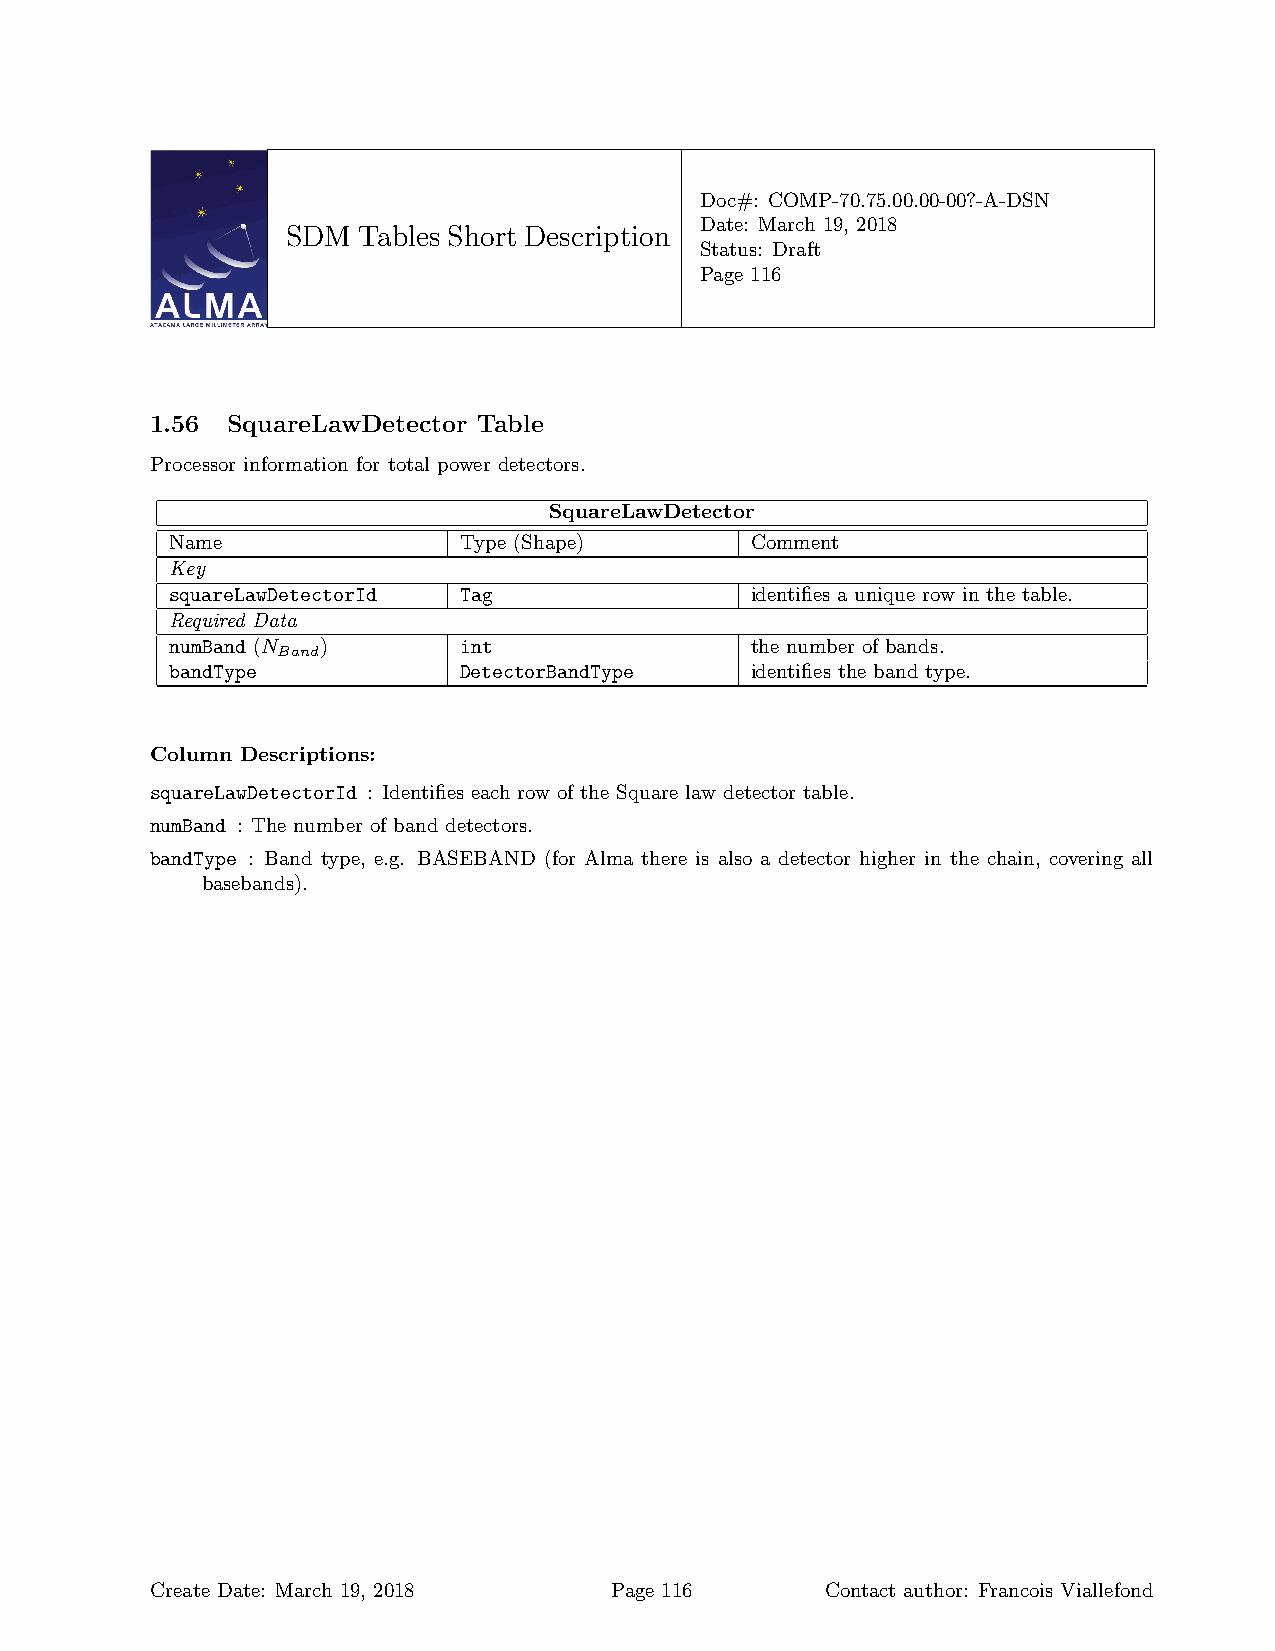
Doc#: COMP-70.75.00.00-00?-A-DSN
 Date: March 19, 2018
 SDM  Tables Short Description
 Status: Draft
 Page 116
 1.56 SquareLawDetector Table
 Processor information for total power detectors.
 SquareLawDetector
 Name               Type (Shape)        Comment
 Key
 squareLawDetectorId Tag                identifies a unique row in the table.
 Required Data
 numBand (N )       int                 the number of bands.
 Band
 bandType           DetectorBandType    identifies the band type.
 Column Descriptions:
 squareLawDetectorId : Identifies each row of the Square law detector table.
 numBand : The number of band detectors.
 bandType : Band type, e.g. BASEBAND (for Alma there is also a detector higher in the chain, covering all
 basebands).
 Create Date: March 19, 2018   Page 116       Contact author: Francois Viallefond